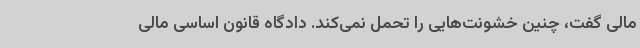
مالی گفت، چنین خشونت‌هایی را تحمل نمی‌کند. دادگاه قانون اساسی مالی